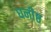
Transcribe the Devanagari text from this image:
घनीष्ठ